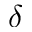
\delta